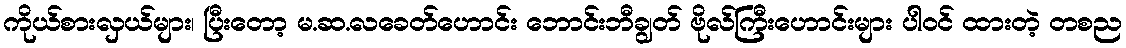
ကိုယ်စားလှယ်များ၊ ပြီးတော့ မ.ဆ.လခေတ်ဟောင်း ဘောင်းဘီချွတ် ဗိုလ်ကြီးဟောင်းများ ပါဝင် ထားတဲ့ တစည